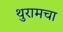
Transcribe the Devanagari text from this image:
थुरामचा